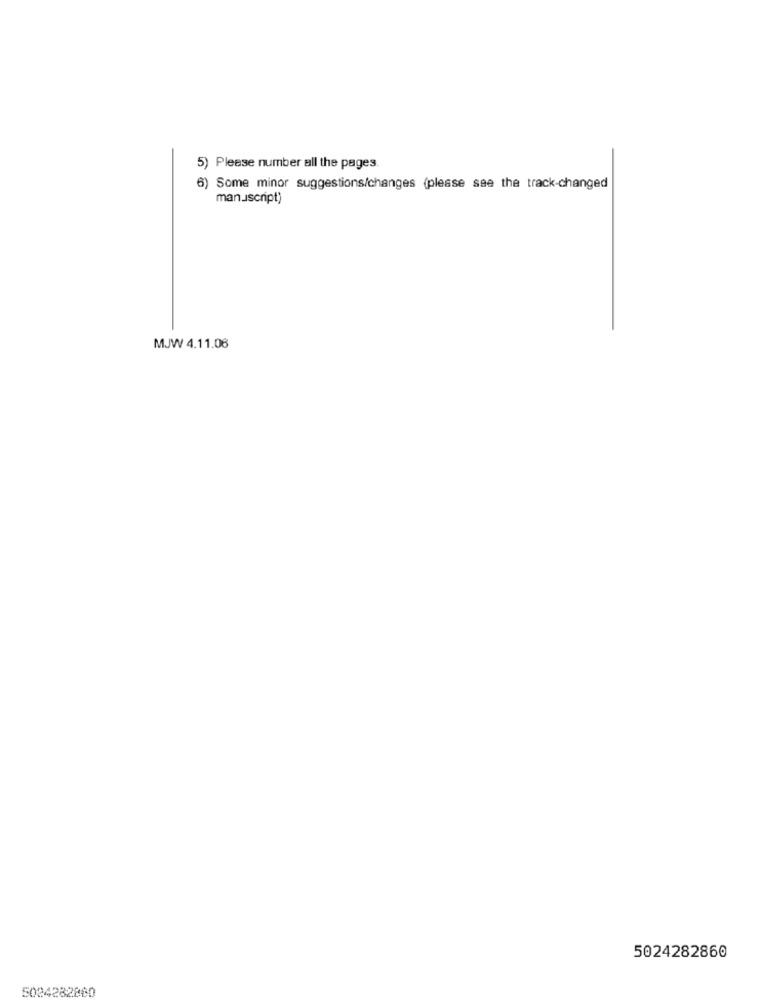
5) Please number all the pages.
6) Some minor suggestions/changes (please see the track-changed
manuscript)
MJW 4.11.08
5024282860
5024282800